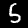
Label: 5